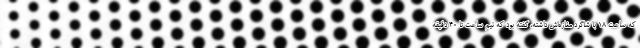
که ساعت ۱۸ با شاگرد مغازه‌اش داشته، گفته بود که نیم ساعت تا ۴۰ دقیقه